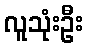
လူသုံးဦး